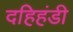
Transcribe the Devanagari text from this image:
दहिहंडी